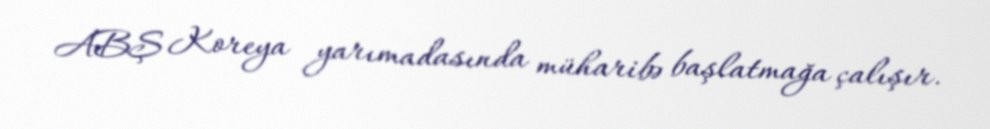
ABŞ Koreya yarımadasında müharibə başlatmağa çalışır.